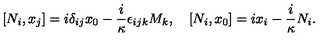
[ N _ { i } , x _ { j } ] = i \delta _ { i j } x _ { 0 } - \frac { i } \kappa \epsilon _ { i j k } M _ { k } , \quad [ N _ { i } , x _ { 0 } ] = i x _ { i } - \frac { i } \kappa N _ { i } .